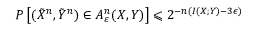
P \left[ ( { \tilde { X } } ^ { n } , { \tilde { Y } } ^ { n } ) \in A _ { \varepsilon } ^ { n } ( X , Y ) \right] \leqslant 2 ^ { - n ( I ( X ; Y ) - 3 \epsilon ) }